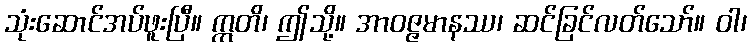
သုံးဆောင်အပ်ဖူးပြီ။ ဣတိ၊ ဤသို့။ အာဝဇ္ဇမာနဿ၊ ဆင်ခြင်လတ်သော်။ ဝါ၊